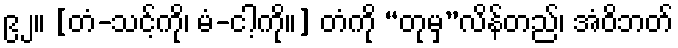
၉၂။ [တံ-သင့်ကို၊ မံ-ငါ့ကို။] တံကို “တုမှ”လိန်တည်၊ အံဝိဘတ်